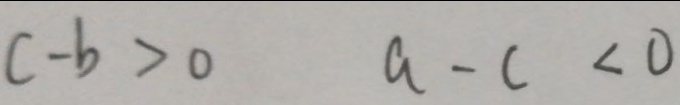
c - b > 0 a - c < 0